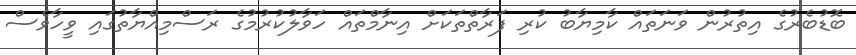
ބޮޑުބެރުގެ އިތުރުން ވަނަތައް ކާމިޔާބު ކުރި ފަރާތްތަކަށް އިނާމްތައް ހަވާލުކުރުމުގެ ރަސްމިއްޔާތުގައި ވީހާވެސް